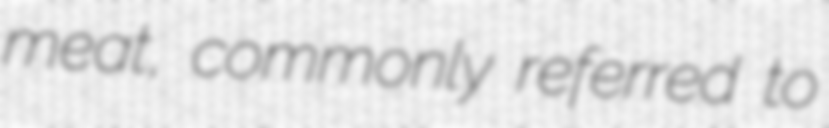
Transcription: meat, commonly referred to